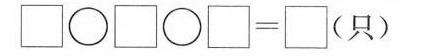
$$\Box \circ \Box \circ \Box = \Box$$ (只)